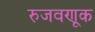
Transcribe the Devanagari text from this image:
रुजवणूक